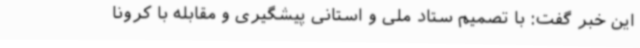
این خبر گفت: با تصمیم ستاد ملی و استانی پیشگیری و مقابله با کرونا